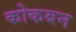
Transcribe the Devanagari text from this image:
कोकबन